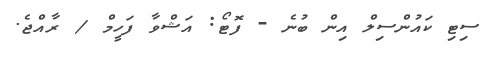
ސިޓި ކައުންސިލް އިން ބުނެ - ފޮޓޯ: އަޝްވާ ފަހީމް / ރާއްޖެ.